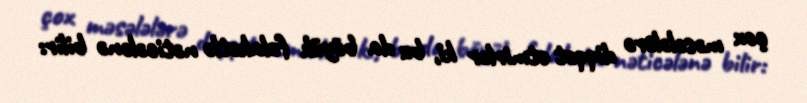
çox məsələlərə diqqət etmirlər ki, bu da böyük fəlakətlə nəticələnə bilir: